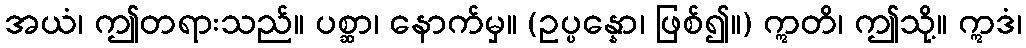
အယံ၊ ဤတရားသည်။ ပစ္ဆာ၊ နောက်မှ။ (ဥပ္ပန္နော၊ ဖြစ်၍။) ဣတိ၊ ဤသို့။ ဣဒံ၊